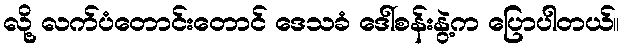
လို့ လက်ပံတောင်းတောင် ဒေသခံ ဒေါ်စန်းနွဲ့က ပြောပါတယ်။